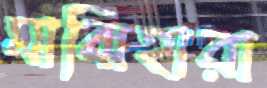
মাঝিহারা